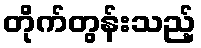
တိုက်တွန်းသည့်